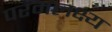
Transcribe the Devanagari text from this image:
परमलक्ष्य